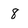
Character: 8